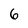
Character: 6